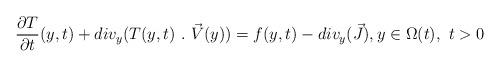
LaTeX: \begin{align*}\frac{\partial T}{\partial t}(y,t) +div_y(T(y,t) \ .\ \vec{V}(y)) =f(y,t) -div_y(\vec{J}), y\in \Omega(t) , \ t>0\end{align*}